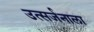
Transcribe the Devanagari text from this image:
उत्सर्जनाला